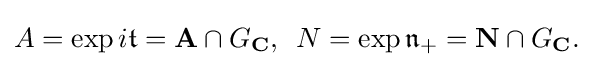
\displaystyle {A=\exp i{\mathfrak {t}}=\mathbf {A} \cap G_{\mathbf {C} },\,\,\,N=\exp {\mathfrak {n}}_{+}=\mathbf {N} \cap G_{\mathbf {C} }.}